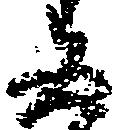
五